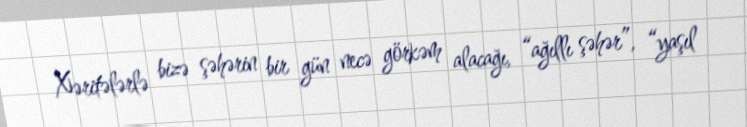
Xəritələrlə bizə şəhərin bir gün necə görkəm alacağı, “ağıllı şəhər”, “yaşıl